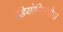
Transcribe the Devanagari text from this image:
ड़ियोनिस्योस